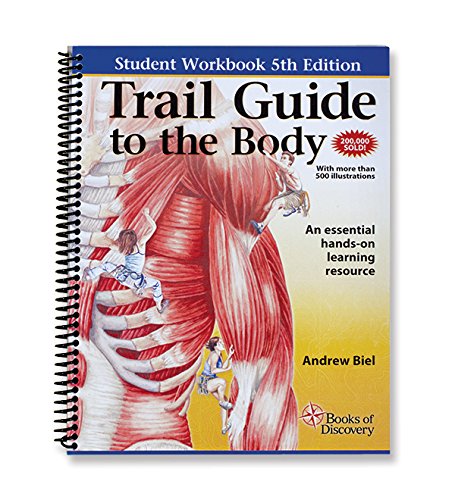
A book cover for Trail Guide to the Body Student Workbook, 5th edition - essential companion guide to learning anatomy and palpation; Andrew Biel; Medical Books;